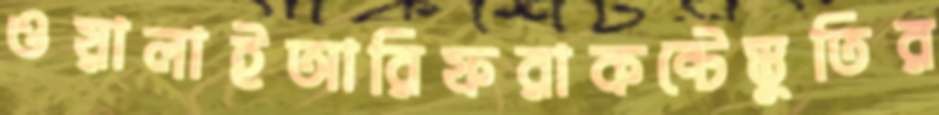
ওয়ালাইআরিফরাকন্টেস্তুতির